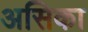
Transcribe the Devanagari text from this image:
असिका